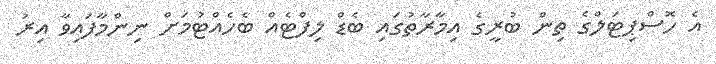
އެ ހޮސްޕިޓަލްގެ ތިން ބުރީގެ އިމާރާތުގައި ބެޑް ލިފްޓެއް ބެހެއްޓުމަށް ނިންމާފައިވާ އިރު